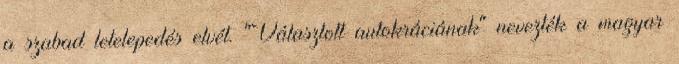
a szabad letelepedés elvét. "Választott autokráciának" nevezték a magyar